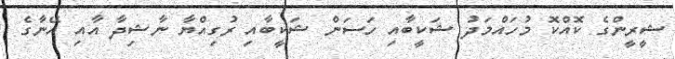
ޝީރީންގެ ކޮއްކޮ މުހައްމަދު ޝަކީބާއި ހަސަން ޝަކީބާއި ރުގިއްޔާ ނާޝިދާ އާއި އޭނާގެ